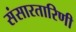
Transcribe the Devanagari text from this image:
संसारतारिणी